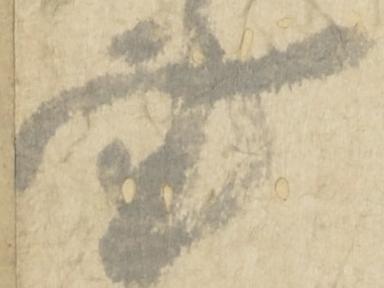
書